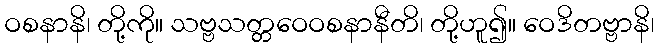
ဝစနာနိ၊ တို့ကို။ သဗ္ဗသတ္တဝေဝစနာနီတိ၊ တို့ဟူ၍။ ဝေဒိတဗ္ဗာနိ၊